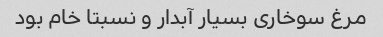
مرغ سوخاری بسیار آبدار و نسبتا خام بود